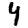
Digit: 4